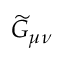
\widetilde G _ { \mu \nu }